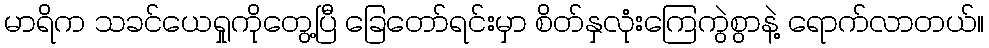
မာရိက သခင်ယေရှုကိုတွေ့ပြီ ခြေတော်ရင်းမှာ စိတ်နှလုံးကြေကွဲစွာနဲ့ ရောက်လာတယ်။